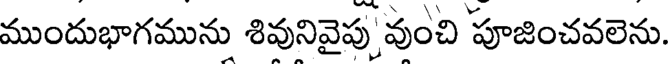
ముందుభాగమును శివునివైపు వుంచి పూజించవలెను.